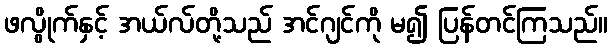
ဖလွိုက်နှင့် အယ်လ်တို့သည် အင်ဂျင်ကို မ၍ ပြန်တင်ကြသည်။